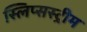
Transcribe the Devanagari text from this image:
स्लिप्सस्ट्रीम